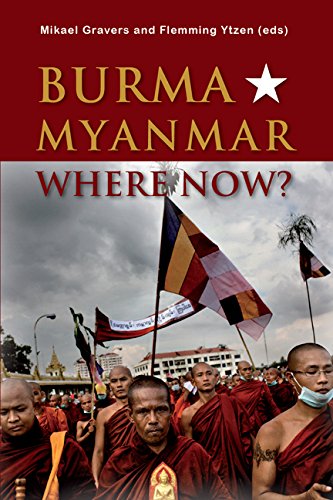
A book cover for Burma/Myanmar: Where Now? (ASIA Insights); Marie Ditlevsen; Travel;